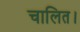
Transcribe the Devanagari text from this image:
चालित।